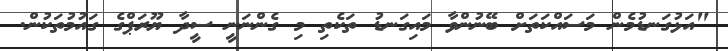
"އަޅުގަނޑުމެން މަސައްކަތަށް ބޭނުންވާ މައިގަނޑު ތަކެތި މި ގެންނަނީ ސީދާ ޔޫރަޕްގެ ގައުމުތަކުން.